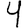
Digit: 4